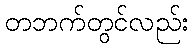
တဘက်တွင်လည်း